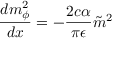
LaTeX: \frac { d m _ { \phi } ^ { 2 } } { d x } = - \frac { 2 c \alpha } { \pi \epsilon } \tilde { m } ^ { 2 }